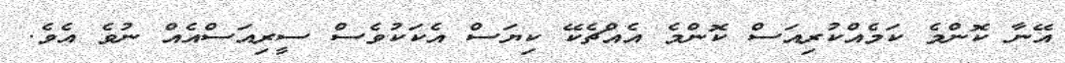
އޭނާ ކޮންމެ ކަމެއްކުރިއަސް ކޮންމެ އެއްޗެކޭ ކިޔަސް އެކަކުވެސް ސީރިއަސްއެއް ނުވެ އެވެ.